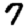
Digit: 7